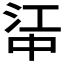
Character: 𬻶